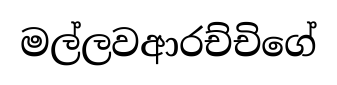
මල්ලවආරච්චිගේ